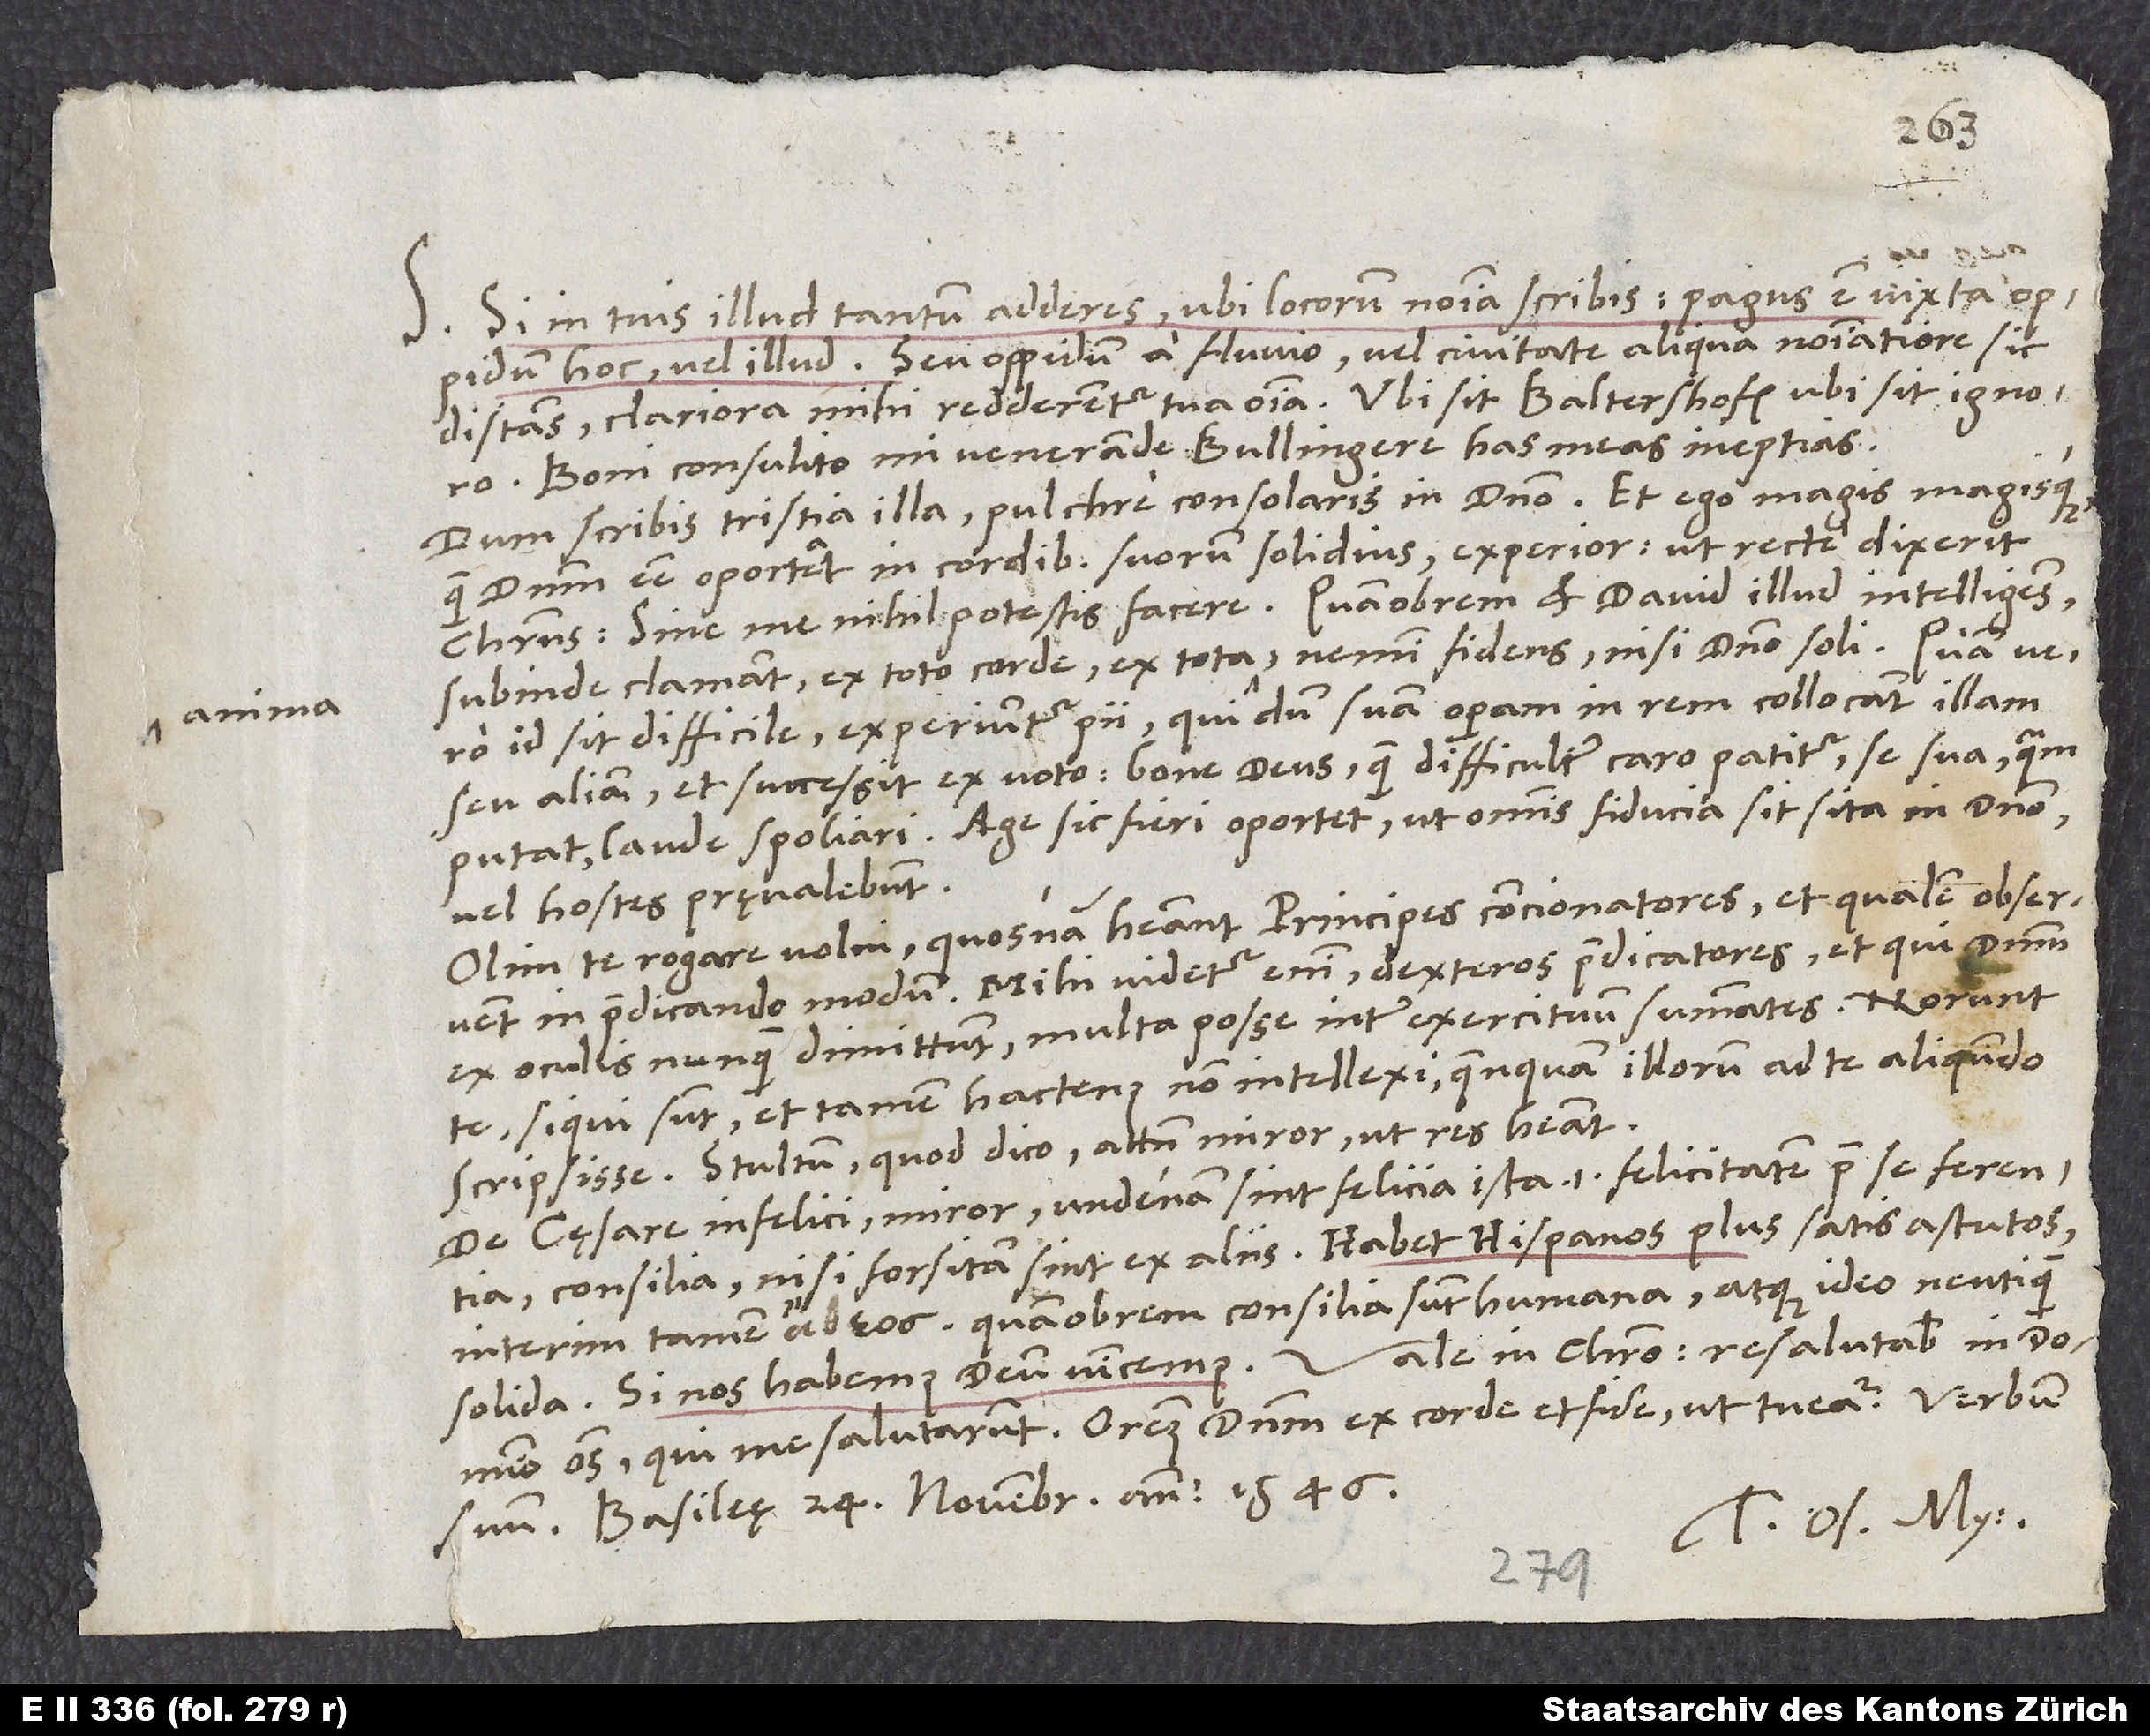
S. Si in tuis illud tantum adderes, ubi locorum nomina scribis, pagus est iuxta
oppidum hoc vel illud, seu oppidum a fluvio vel civitate aliqua nominatiore sic
distans, clariora mihi redderentur tua omnia. Ubi sit Baltershofen, ignoro.
Boni consulito, mi venerande Bullingere, has meas ineptias.
Dum scribis tristia illa, pulchre consolaris in domino. Et ego magis magisque,
quam dominum esse oporteat in cordibus suorum solidius, experior, ut recte dixerit
Christus: „Sine me nihil potestis facere.“ Quamobrem et David illud intelligens
subinde clamavit ex toto corde, ex tota anima, nemini fidens nisi domino soli. Quam vero
id sit difficile, experiuntur pii, qui dum suam operam in rem collocant illam
seu aliam et successit ex voto; bone deus, quam difficulter caro patitur se sua (quam
putat) laude spoliari! Age! Sic fieri oportet, ut omnis fiducia sit sita in domino,
vel hostes pręvalebunt.
Olim te rogare volui, quosnam habeant principes concionatores et qualem observent
in praedicando modum. Mihi videtur enim dexteros praedicatores, et qui dominum
ex oculis nunquam dimittunt, multa posse inter exercituum summates. Norunt
si qui sunt, et tamen hactenus non intellexi, quenquam illorum ad te aliquando
scripsisse. Stultum, quod dico. Attamen miror, ut res habeat.
De cęsare infelici miror, undenam sint felicia ista (id est felicitatem prae se ferentia)
consilia, nisi forsitan sint ex aliis. Habet Hispanos plus satis astutos,
interim tamen ! Quamobrem consilia sunt humana atque ideo neutiquam
Vale in Christo. Resalutabis in domino
solida. Si nos habemus deum, vincemus!
omnes, qui me salutarunt. Oremus dominum ex corde et fide, ut tueatur verbum
suum. Basileę, 24. novembris anno 1546.
Tuus Os. My.